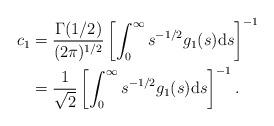
LaTeX: \begin{align*}c_{1}&=\frac{\Gamma(1/2)}{(2\pi)^{1/2}}\left[\int_{0}^{\infty}s^{-1/2}g_{1}(s)\mathrm{d}s\right]^{-1}\\&=\frac{1}{\sqrt{2}}\left[\int_{0}^{\infty}s^{-1/2}g_{1}(s)\mathrm{d}s\right]^{-1}.\end{align*}